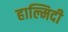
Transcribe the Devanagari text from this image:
हाल्मिदी